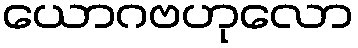
ယောဂဗဟုလော